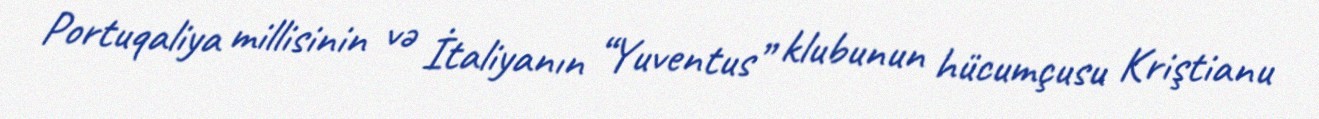
Portuqaliya millisinin və İtaliyanın “Yuventus” klubunun hücumçusu Kriştianu